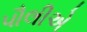
પૌલીએ